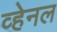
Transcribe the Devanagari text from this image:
व्हेनल